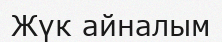
Жүк айналым